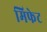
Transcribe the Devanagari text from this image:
मिफेट